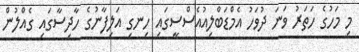
މި މަހުގެ ހަތަރު ވަނަ ދުވަހު އެމްޑަބްލިއުއެސްސީގައި ހިނގި އަލިފާނުގެ ހާދިސާގައި ގެއްލުން